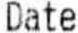
DATE